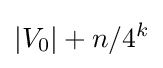
|V_{0}|+n/4^{k}